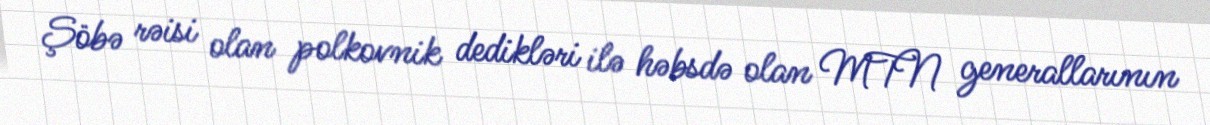
Şöbə rəisi olan polkovnik dedikləri ilə həbsdə olan MTN generallarının